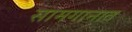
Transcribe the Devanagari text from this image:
सामगानात